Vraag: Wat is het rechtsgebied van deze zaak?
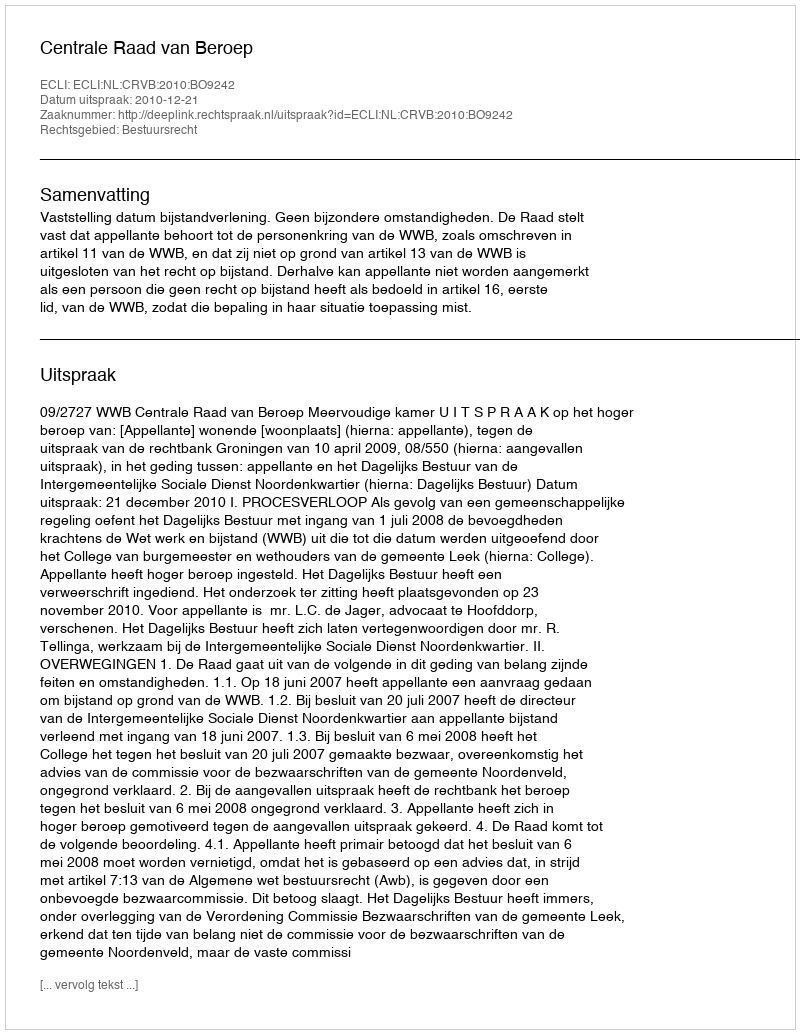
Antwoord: Bestuursrecht